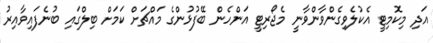
އަދި މިކޮމިޓީ އެކުލެވިގެންވާންވާނީ މެޖޯރިޓީ އަންހެން ބޭފުޅުންގެ މައްޗަށް ކަމަށް ބިލްގައި ބުނެފައިވާއިރު